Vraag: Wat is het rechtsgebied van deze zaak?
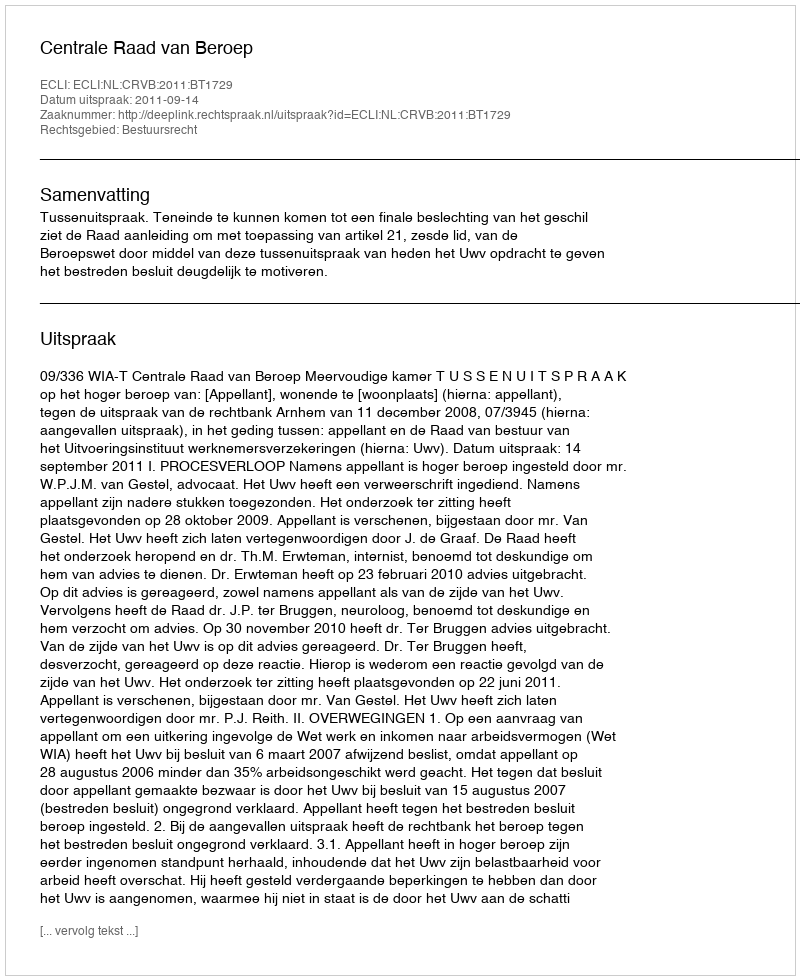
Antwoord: Bestuursrecht